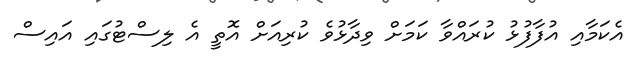
އެކަމާއި އުފާފުޅު ކުރައްވާ ކަމަށް ވިދާޅުވެ ކުރިއަށް އޮތީ އެ ލިސްޓުގައި އައިސް